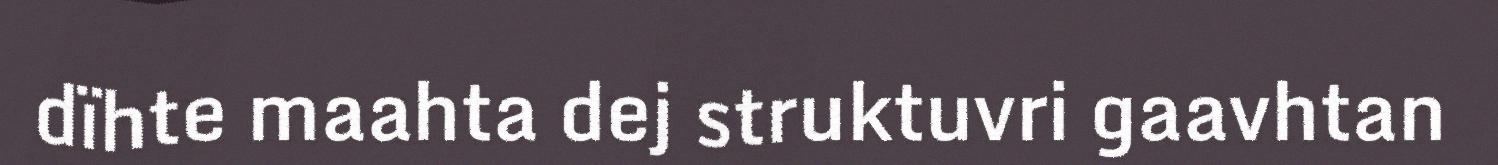
dïhte maahta dej struktuvri gaavhtan